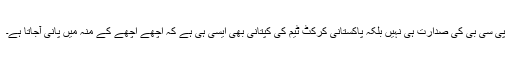
پی سی بی کی صدارت ہی نہیں بلکہ پاکستانی کرکٹ ٹیم کی کپتانی بھی ایسی ہی ہے کہ اچھے اچھے کے منہ میں پانی آجاتا ہے۔